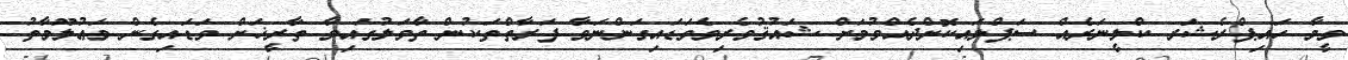
ވީމާ ހައިޕްރެޝަރ ކްލީނަރެއް ސަޕްލައިކޮށްދެއްވުމަށް ޝައުޤުވެރިވެވަޑައިގަންނަވާ ފަރާތްތަކުން ތާވަލުގައިވާ ތާރީޚަށް ވަޑައިގެން މަޢުލޫމާތު